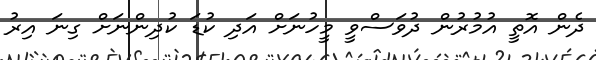
ދެން އޮތީ އުމުރުން ދުވަސްވީ މީހުނަށް އަދި ކުޑަ ކުދިންނަށް ގިނަ އިރު